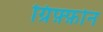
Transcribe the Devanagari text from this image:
ग्रिफ़्फ़ोन